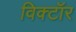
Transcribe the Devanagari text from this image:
विक्टॉर